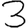
Digit: 3